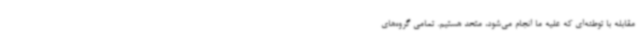
مقابله با توطئه‌ای که علیه ما انجام می‌شود، متحد هستیم. تمامی گروه‌های